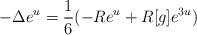
LaTeX: \begin{align*}-\Delta e^u = \frac 16 (-Re^u + R[g]e^{3u}) \end{align*}